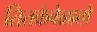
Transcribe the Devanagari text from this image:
तितकेवेळातो